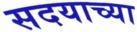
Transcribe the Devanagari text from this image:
सदयाच्या